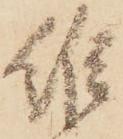
維